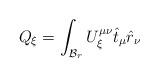
LaTeX: \begin{align*}Q_{\xi } = \int_{{\cal{B}}_{r}} U^{\mu \nu}_{\xi} \hat{t}_{\mu}\hat{r}_{\nu}\end{align*}